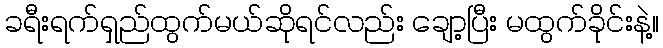
ခရီးရက်ရှည်ထွက်မယ်ဆိုရင်လည်း ချော့ပြီး မထွက်ခိုင်းနဲ့။